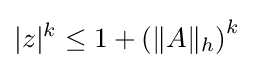
|z|^{k}\leq 1+\left(\|A\|_{h}\right)^{k}